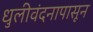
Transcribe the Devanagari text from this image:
धुलीवंदनापासून